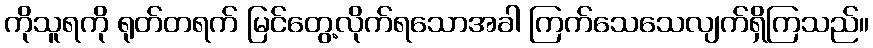
ကိုသူရကို ရုတ်တရက် မြင်တွေ့လိုက်ရသောအခါ ကြက်သေသေလျက်ရှိကြသည်။